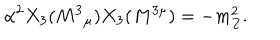
\alpha ^ { 2 } X _ { 3 } ( M ^ { 3 } { } _ { \mu } ) X _ { 3 } ( M ^ { 3 \mu } ) = - m _ { Z } ^ { 2 } .